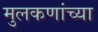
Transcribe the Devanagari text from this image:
मुलकणांच्या